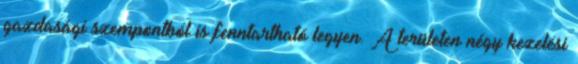
gazdasági szempontból is fenntartható legyen. A területen négy kezelési